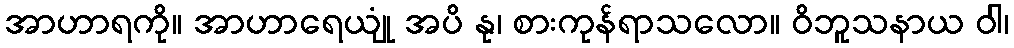
အာဟာရကို။ အာဟာရေယျုံ အပိ နု၊ စားကုန်ရာသလော။ ဝိဘူသနာယ ဝါ၊